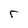
Character: r